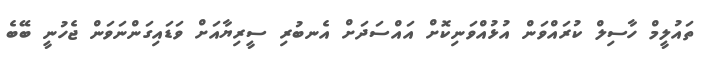
ތައުލީމް ހާސިލް ކުރައްވަން އުޅުއްވަނިކޮށް އައްސަދަށް އެނބުރި ސީރިޔާއަށް ވަޑައިގަންނަވަން ޖެހުނީ ބޭބެ